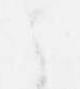
之